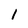
Character: 1